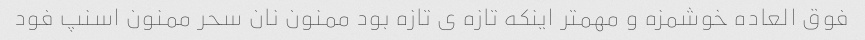
فوق العاده خوشمزه و مهمتر اینکه تازه ى تازه بود ممنون نان سحر ممنون اسنپ فود